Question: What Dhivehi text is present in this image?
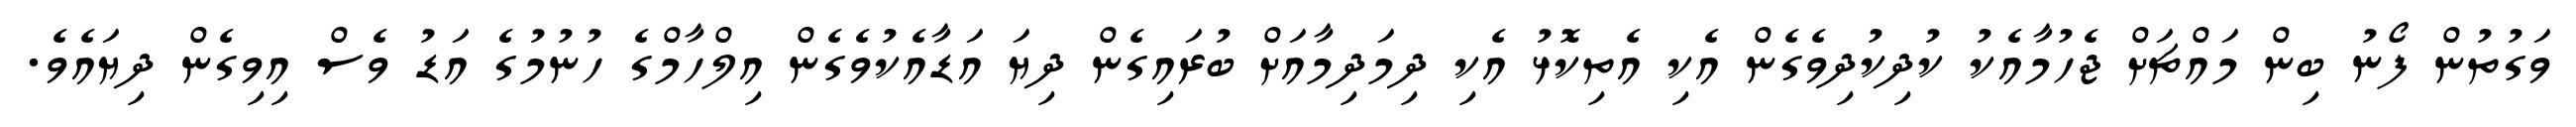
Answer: ވަގުތުން ފޯނު ބިން މައްޗަށް ޖެހުމާއެކު ކުދިކުދިވެގެން އެކި އެތިކޮޅު އެކި ދިމަދިމާއަށް ބުރައިގެން ދިޔަ އަޑާއެކުވެގެން އިލްހާމްގެ ހުނުމުގެ އަޑު ވެސް އިވިގެން ދިޔައެވެ.